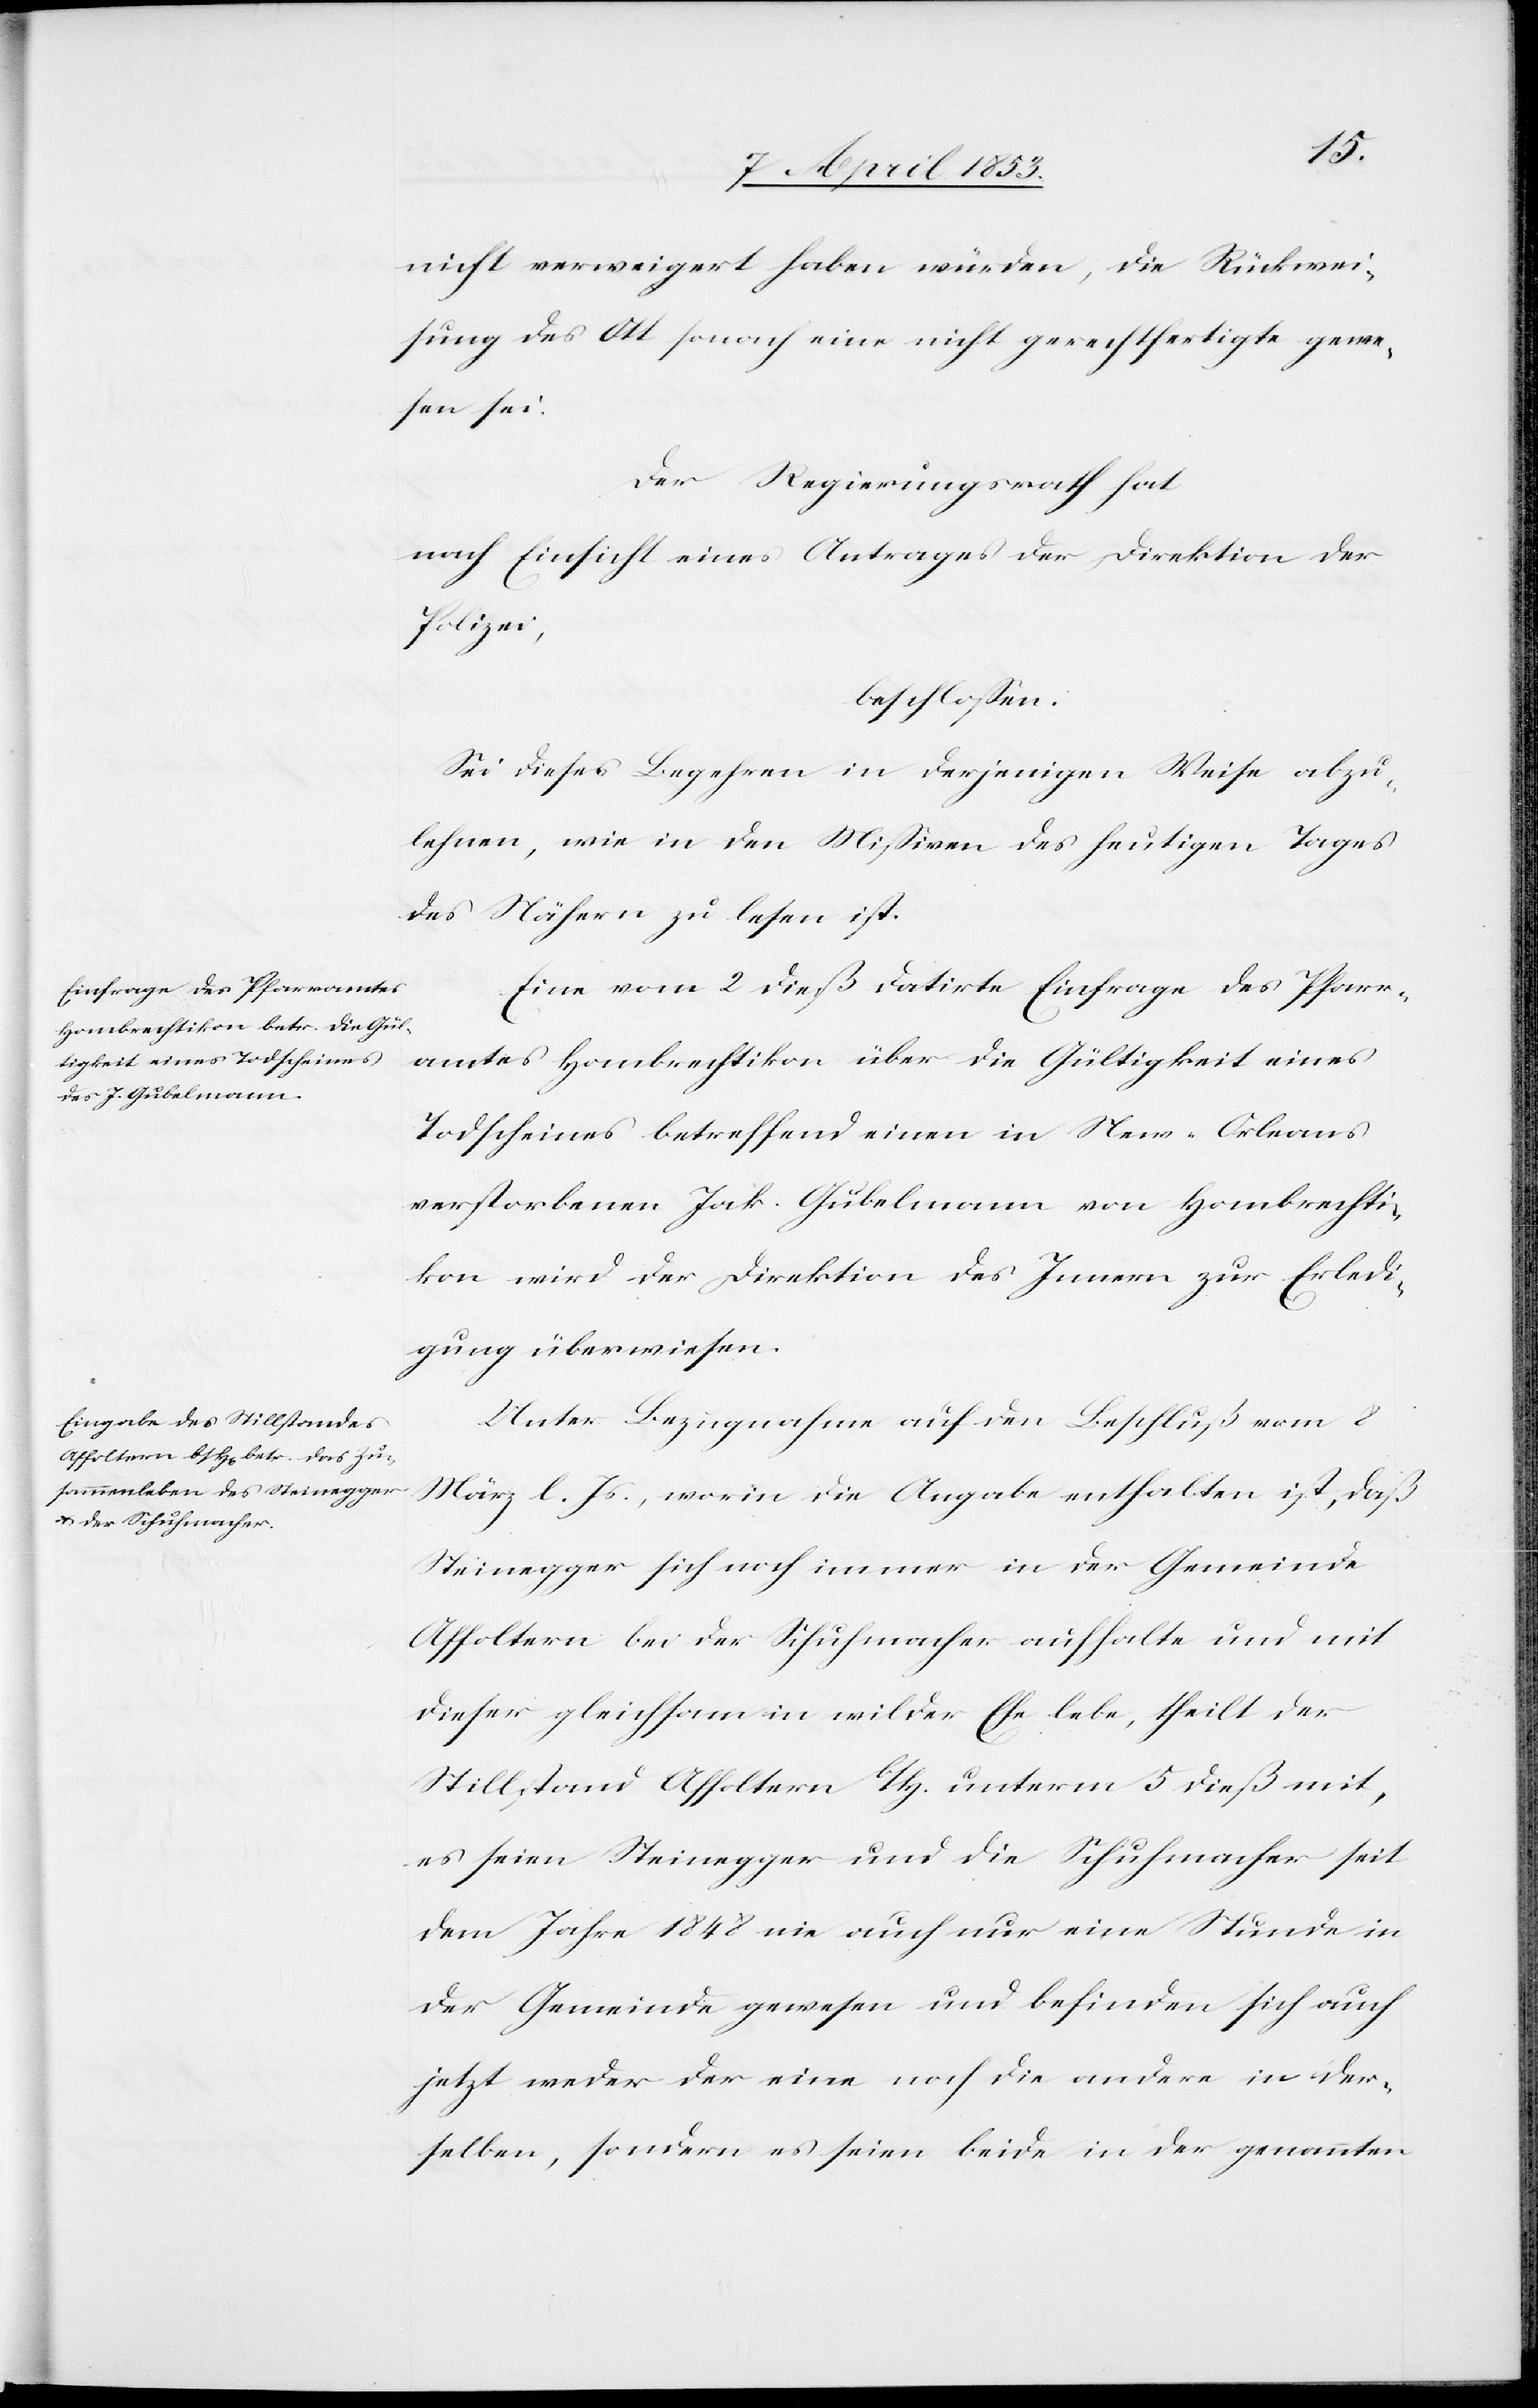
nicht verweigert haben würden, die Rückwei¬
sung des Ott sonach eine nicht gerechtfertigte gewe¬
sen sei.
Der Regierungsrath hat
nach Einsicht eines Antrages der Direktion
Polizei,
beschloßen.
Sei dieses Begehren in derjenigen Weise abzu¬
lehnen, wie in den Mißiven des heutigen Tages
des Nähern zu lesen ist.
Eine vom 2 dieß datirte Einfrage des Pfarr¬
amtes Hombrechtikon über die Gültigkeit eines
Todscheines betreffend einen in New-Orleans
verstorbenen Jak. Gubelmann von Hombrechti¬
kon wird der Direktion des Innern zur Erledi¬
gung überwiesen.
Unter Bezugnahme auf den Beschluß vom 2.
März l. Js., worin die Angabe enthalten ist, daß
Steinegger sich noch immer in der Gemeinde
Affoltern bei der Schuhmacher aufhalte und mit
dieser gleichsam in wilder Ehe lebe, theilt der
Stillstand Affoltern b/H. unterm 5 dieß mit,
es seien Steinegger und die Schuhmacher seit
dem Jahre 1842 nie auch nur eine Stunde in
der Gemeinde gewesen und befinden sich auch
jetzt weder der eine noch die andere in der¬
selben, sondern es seien beide in der genannten